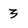
Character: 3